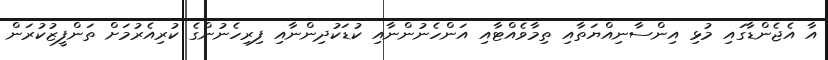
އާ އެޖެންޑާގައި މުޅި އިންސާނިއްޔަތާއި ތިމާވެއްޓާއި އަންހެނުންނާއި ކުޑަކުދިންނާއި ފިރިހެނުންގެ ކުރިއެރުމަށް ތަންފީޒުކުރަން